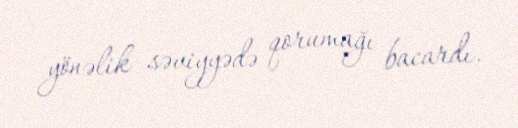
yönəlik səviyyədə qorumağı bacardı.